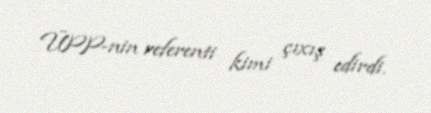
ÜPP-nin referenti kimi çıxış edirdi.